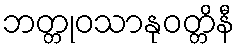
ဘတ္တုဝသာနုဝတ္တိနီ